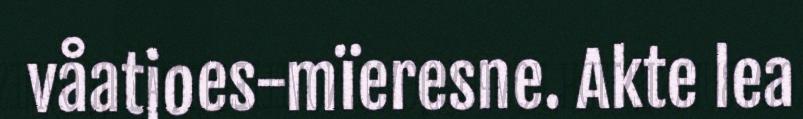
våatjoes-mïeresne. Akte lea